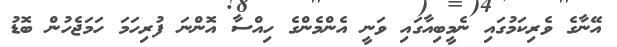
އޭނާގެ ވެރިކަމުގައި ނެމީބިއާގައި ވަނީ އެންމެންގެ ހިއްސާ އޮންނަ ފުރިހަމަ ހަމަޖެހުން ބޮޑު